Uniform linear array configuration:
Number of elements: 12
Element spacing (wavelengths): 0.75
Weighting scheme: uniform
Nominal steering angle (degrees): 15
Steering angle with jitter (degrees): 14.453
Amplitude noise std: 0.05
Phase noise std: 0.05

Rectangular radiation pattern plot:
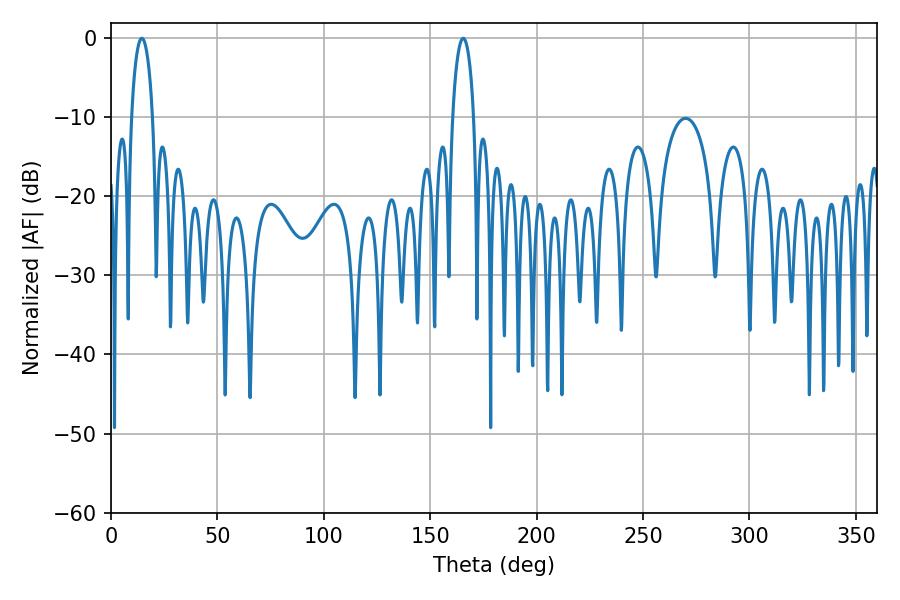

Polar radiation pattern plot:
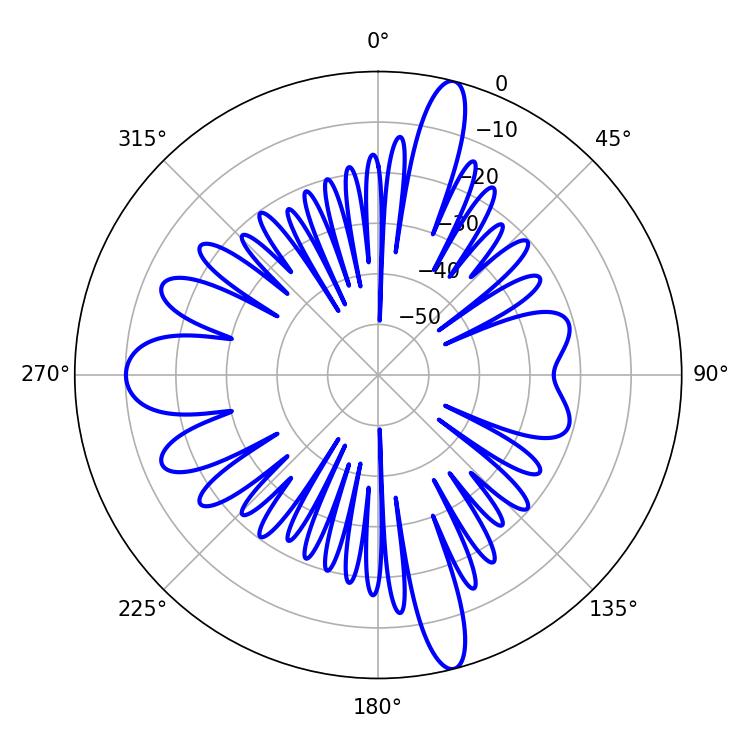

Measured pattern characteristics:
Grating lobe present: TRUE
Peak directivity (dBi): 19.689
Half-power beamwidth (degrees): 5.58
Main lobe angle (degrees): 165.6